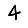
Digit: 4